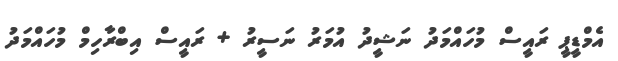
އެމްޑީޕީ ރައީސް މުހައްމަދު ނަޝީދު އުމަރު ނަސީރު + ރައީސް އިބްރާހިމް މުހައްމަދު